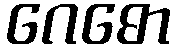
ဂေဓော